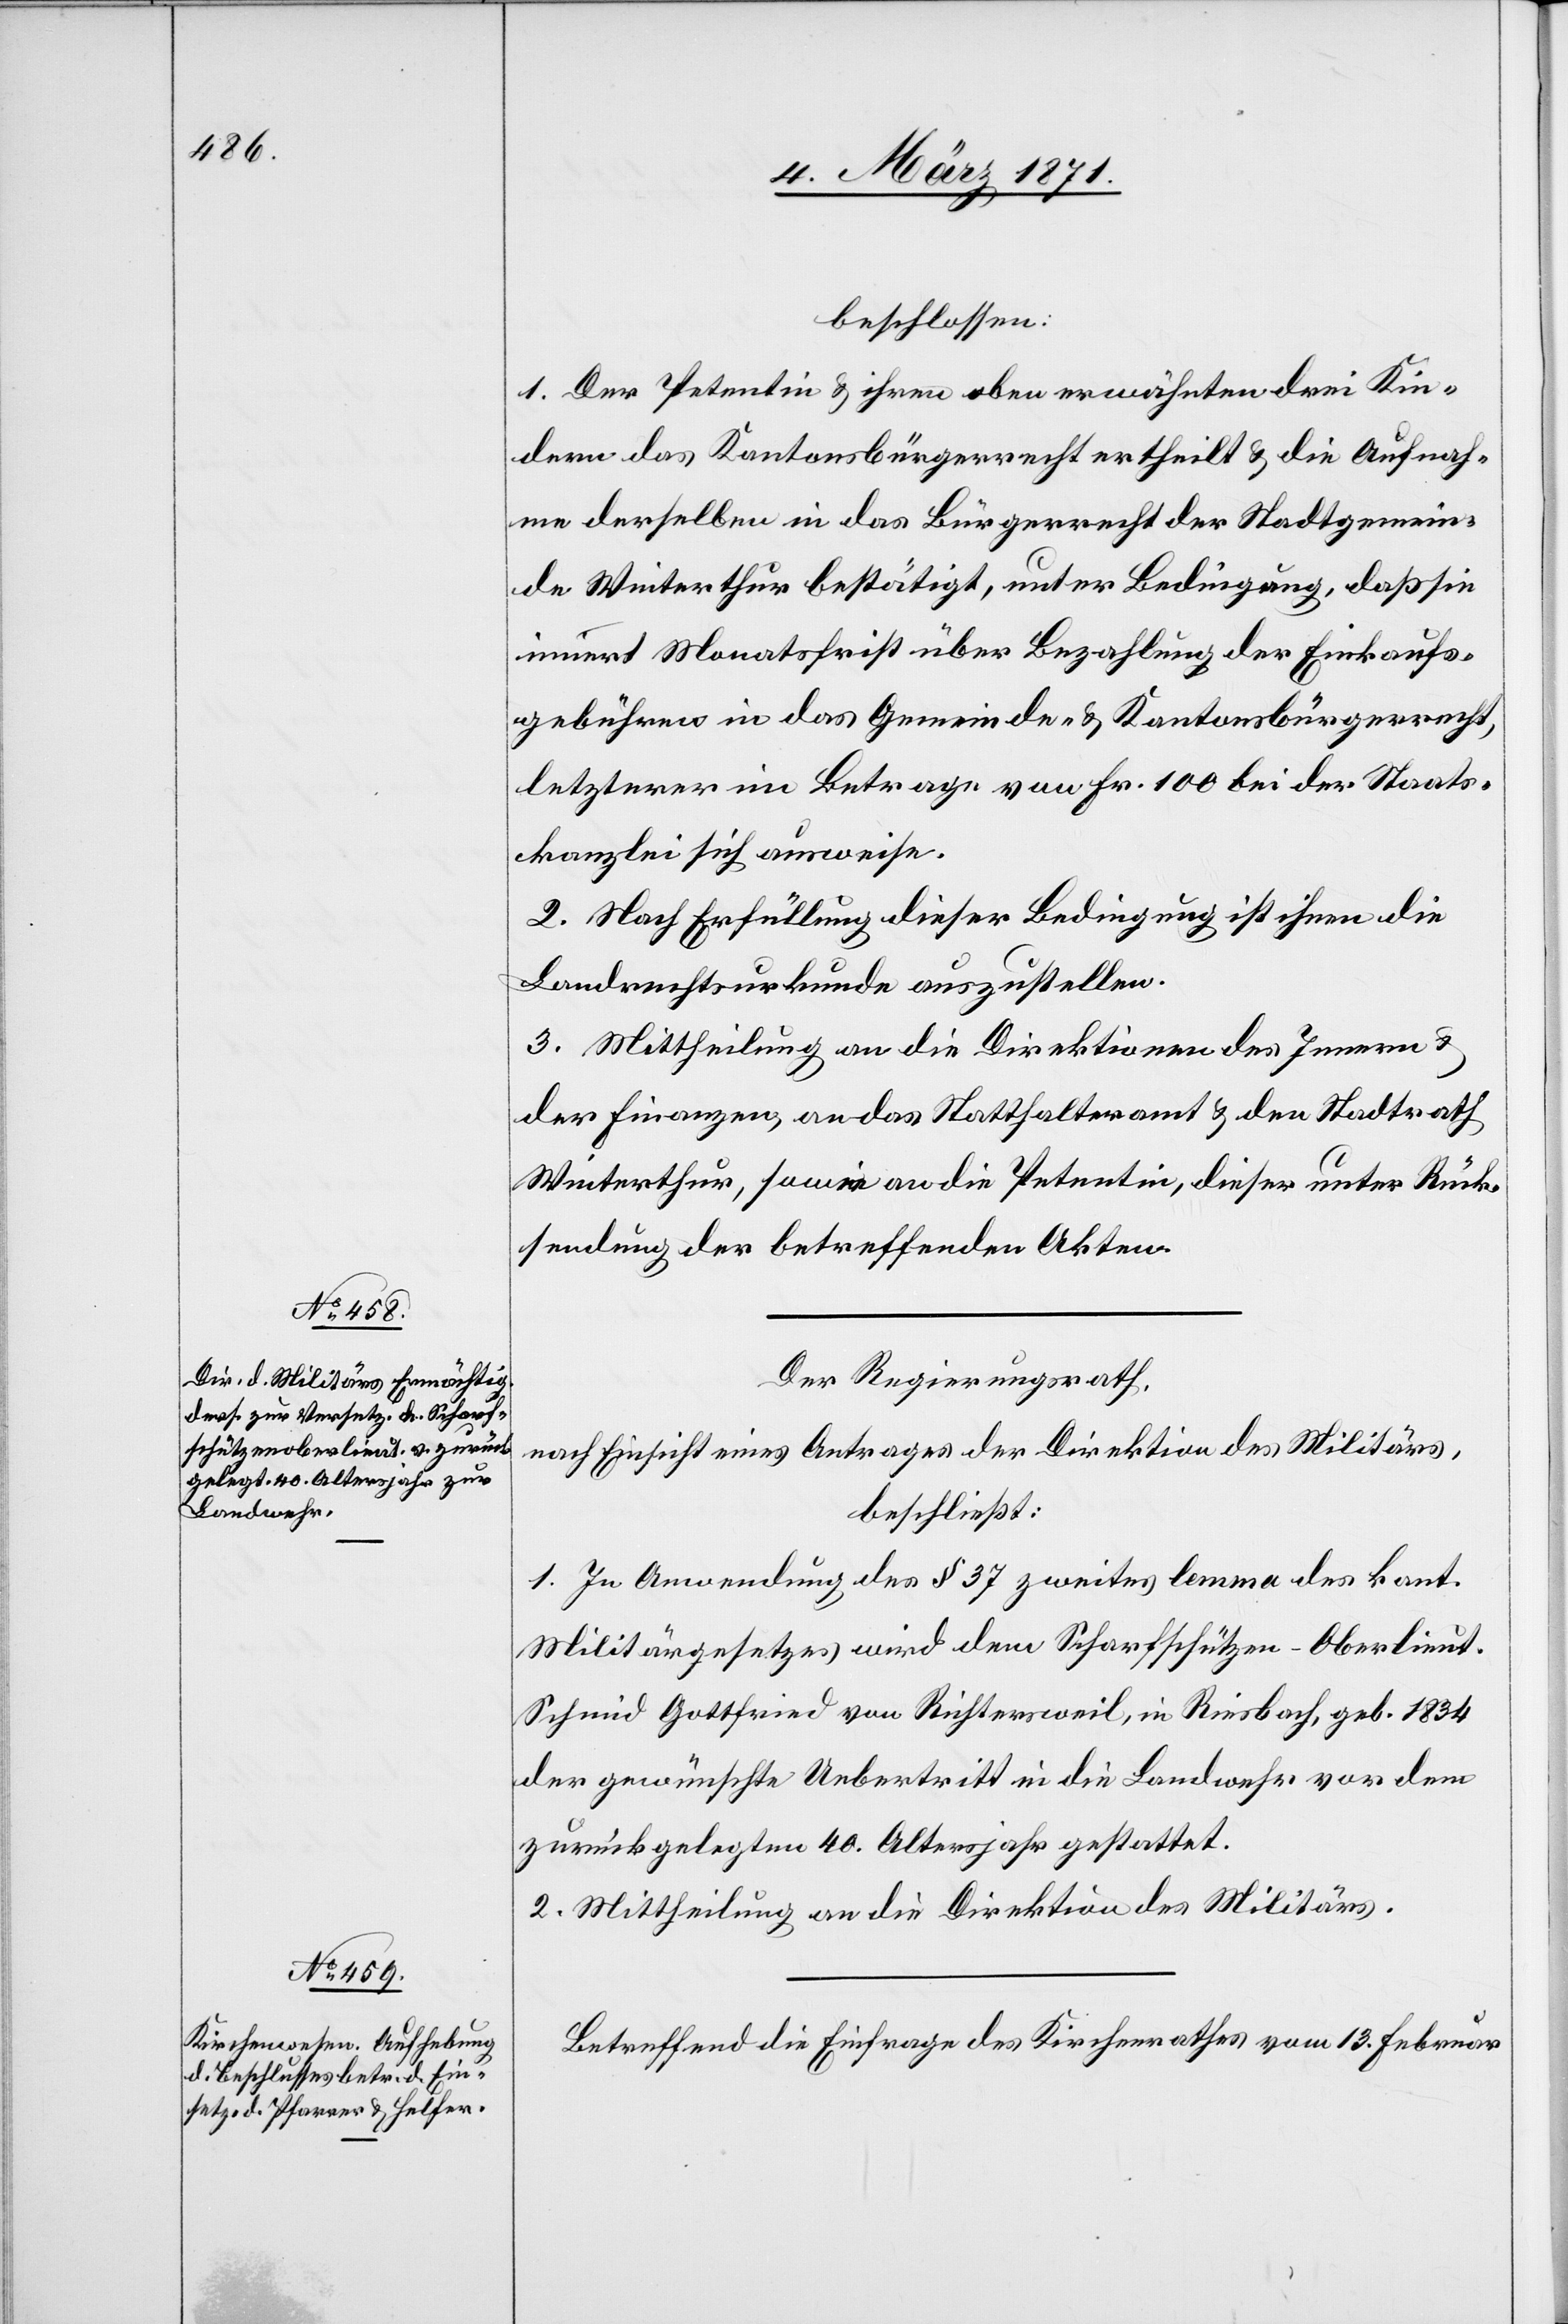
beschlossen:
1. Der Petentin u. ihren oben erwähnten drei Kin¬
dern das Kantonsbürgerrecht ertheilt u. die Aufnah¬
me derselben in das Bürgerrecht der Stadtgemein¬
de Winterthur bestätigt, unter Bedingung, daß sie
innert Monatsfrist über Bezahlung der Einkaufs¬
gebühren in das Gemeinde- u. Kantonsbürgerrecht,
letzterer im Betrage von Fr. 100 bei der Staats¬
kanzlei sich ausweise.
2. Nach Erfüllung dieser Bedingung ist ihnen die
Landrechtsurkunde auszustellen.
3. Mittheilung an die Direktion des Innern u.
der Finanzen, an das Statthalteramt u. den Stadtrath
Winterthur, sowie an die Petentin, dieser unter Rück¬
sendung der betreffenden Akten.
Der Regierungsrath,
nach Einsicht eines Antrages der Direktion des Militärs,
beschließt:
1. In Anwendung des § 37 zweites lemma des kant.
Militärgesetzes wird dem Scharfschützen-Oberlieut.
Schmid Gottfried von Richtersweil, in Riesbach, geb. 1834
der gewünschte Uebertritt in die Landwehr vor dem
zurückgelegten 40. Altersjahr gestattet.
2. Mittheilung an die Direktion des Militärs.
Betreffend die Einfrage des Kirchenrathes vom 13. Februar